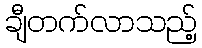
ချီတက်လာသည့်